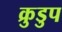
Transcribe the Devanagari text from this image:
क्रुडुप